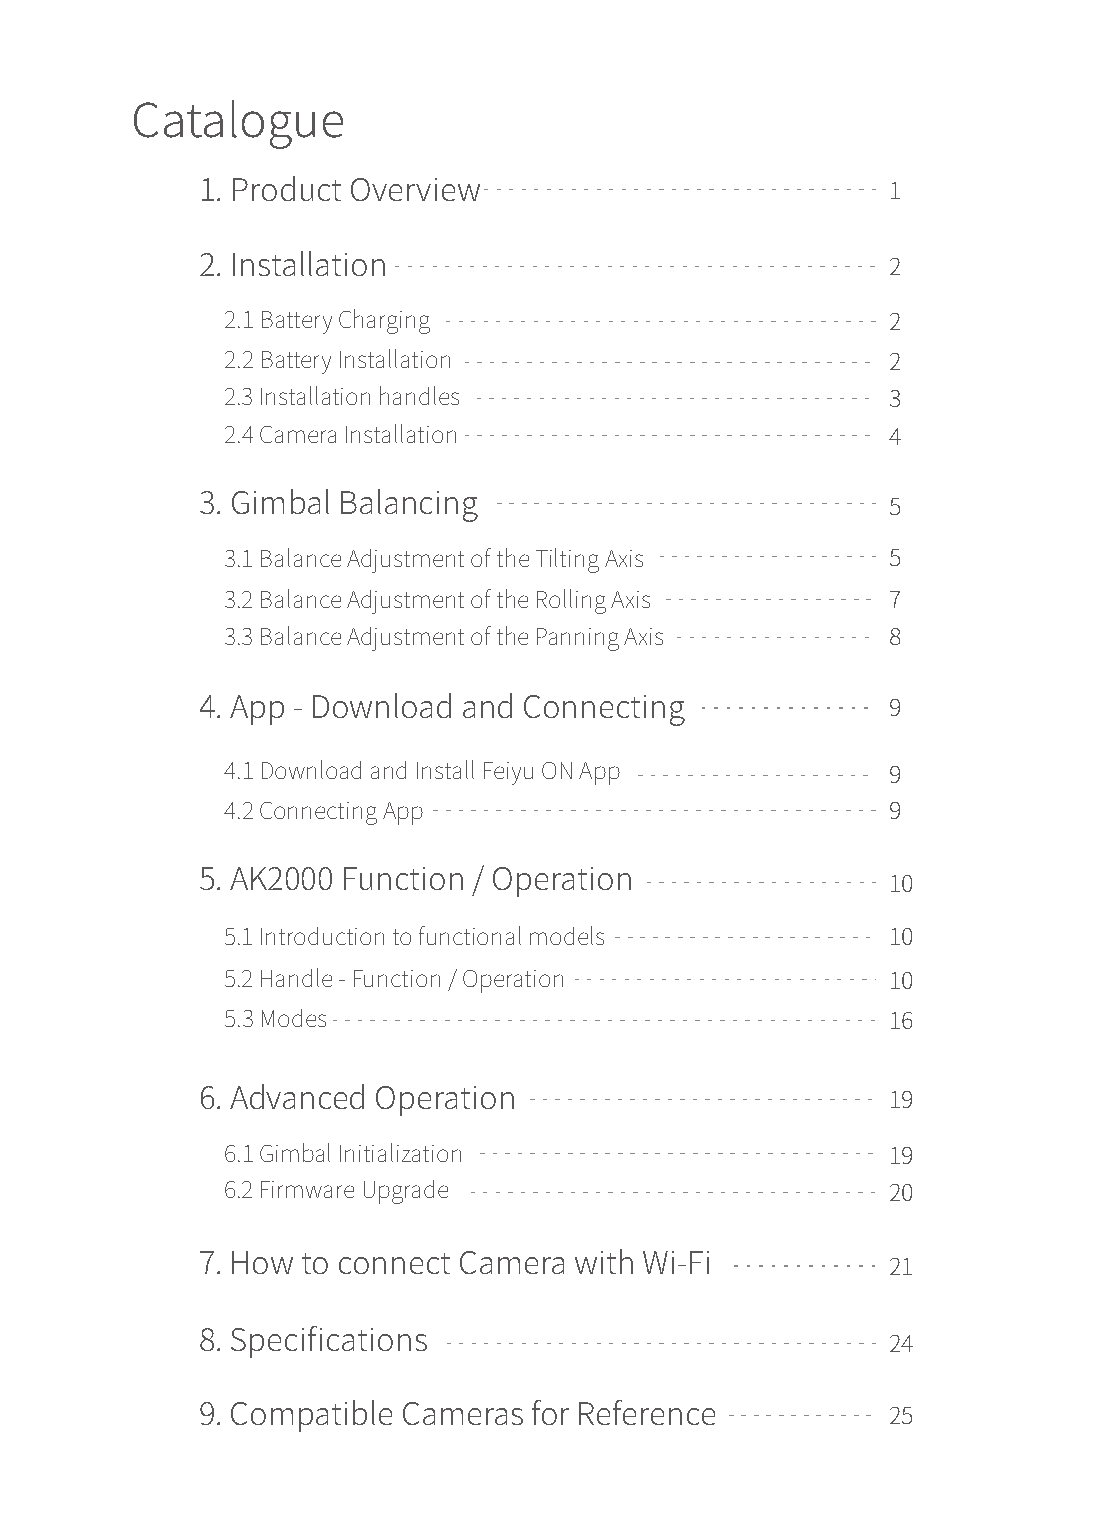
Catalogue
 1. Product Overview                           1
 2. Installation                               2
 2.1 Battery Charging                        2
 2.2 Battery Installation                    2
 2.3 Installation handles                    3
 2.4 Camera Installation                     4
 3. Gimbal Balancing                           5
 3.1 Balance Adjustment of the Tilting Axis  5
 3.2 Balance Adjustment of the Rolling Axis  7
 3.3 Balance Adjustment of the Panning Axis  8
 4. App - Download and Connecting              9
 4.1 Download and Install Feiyu ON App       9
 4.2 Connecting App                          9
 5. AK2000 Function / Operation                10
 5.1 Introduction to functional models       10
 5.2 Handle - Function / Operation           10
 5.3 Modes                                   16
 6. Advanced Operation                         19
 6.1 Gimbal Initialization                   19
 6.2 Firmware Upgrade                        20
 7. How to connect Camera with Wi-Fi           21
 8. Specifications                             24
 9. Compatible Cameras for Reference           25